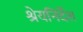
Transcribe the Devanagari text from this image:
श्रेयनिर्देश